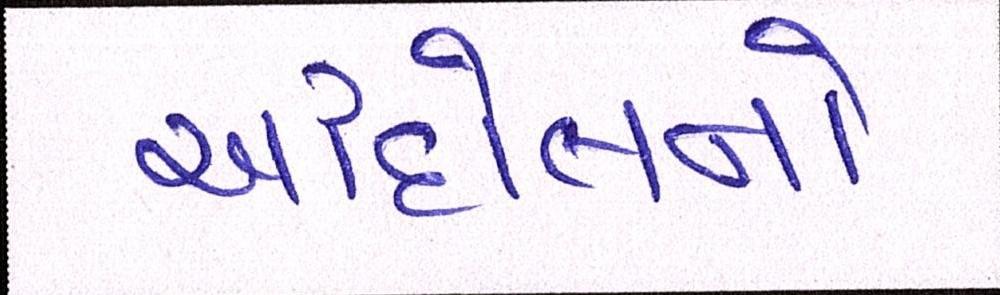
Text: આંદોલનો